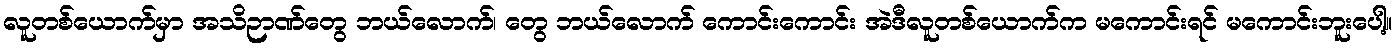
လူတစ်ယောက်မှာ အသိဉာဏ်တွေ ဘယ်လောက်၊ တွေ ဘယ်လောက် ကောင်းကောင်း အဲဒီလူတစ်ယောက်က မကောင်းရင် မကောင်းဘူးပေါ့။